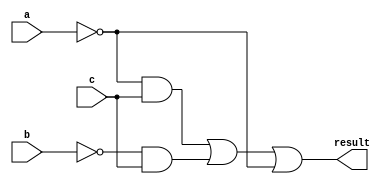
module q2_str( input a, input b, input c,output result);
wire w1,w2,w3,w4,w5;

not n1(w1,a);
not n2(w2,b);
and a1(w3,w1,c);
and a2(w4,w2,c);
or o1(w5,w3,w4);
or o2(result,w5,w1);

endmodule